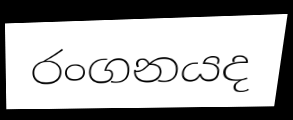
රංගනයද